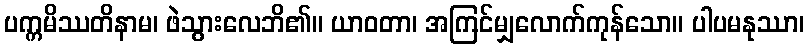
ပက္ကမိဿတိနာမ၊ ဖဲသွားလေဘိ၏။ ယာဝတာ၊ အကြင်မျှလောက်ကုန်သော။ ပါပမနုဿာ၊